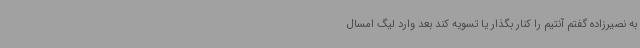
به نصیرزاده گفتم آنتیم را کنار بگذار یا تسویه کند بعد وارد لیگ امسال